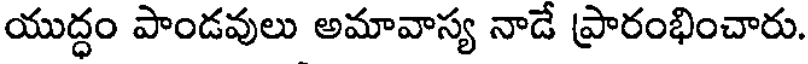
యుద్ధం పాండవులు అమావాస్య నాడే ప్రారంభించారు.